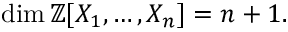
\dim \mathbb { Z } [ X _ { 1 } , \ldots , X _ { n } ] = n + 1 .